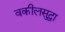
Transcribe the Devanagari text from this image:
वकीलसुद्धा